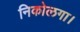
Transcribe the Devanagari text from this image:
निकोलगा।